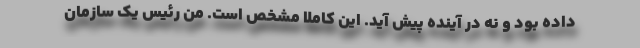
داده بود و نه در آینده پیش آید. این کاملا مشخص است. من رئیس یک سازمان